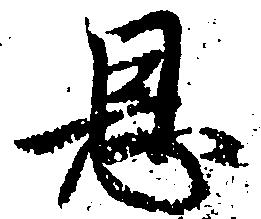
恩